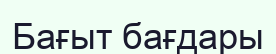
Бағыт бағдары